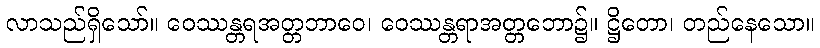
လာသည်ရှိသော်။ ဝေဿန္တရအတ္တဘာဝေ၊ ဝေဿန္တရာအတ္တဘော၌။ ဋ္ဌိတော၊ တည်နေသော။